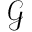
\mathcal { G }